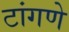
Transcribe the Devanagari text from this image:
टांगणे